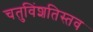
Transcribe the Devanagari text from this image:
चतुविंशतिस्तव